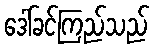
ဒေါ်ခင်ကြည်သည်